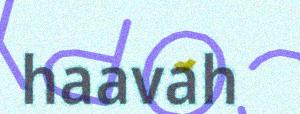
haavah